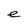
Character: e